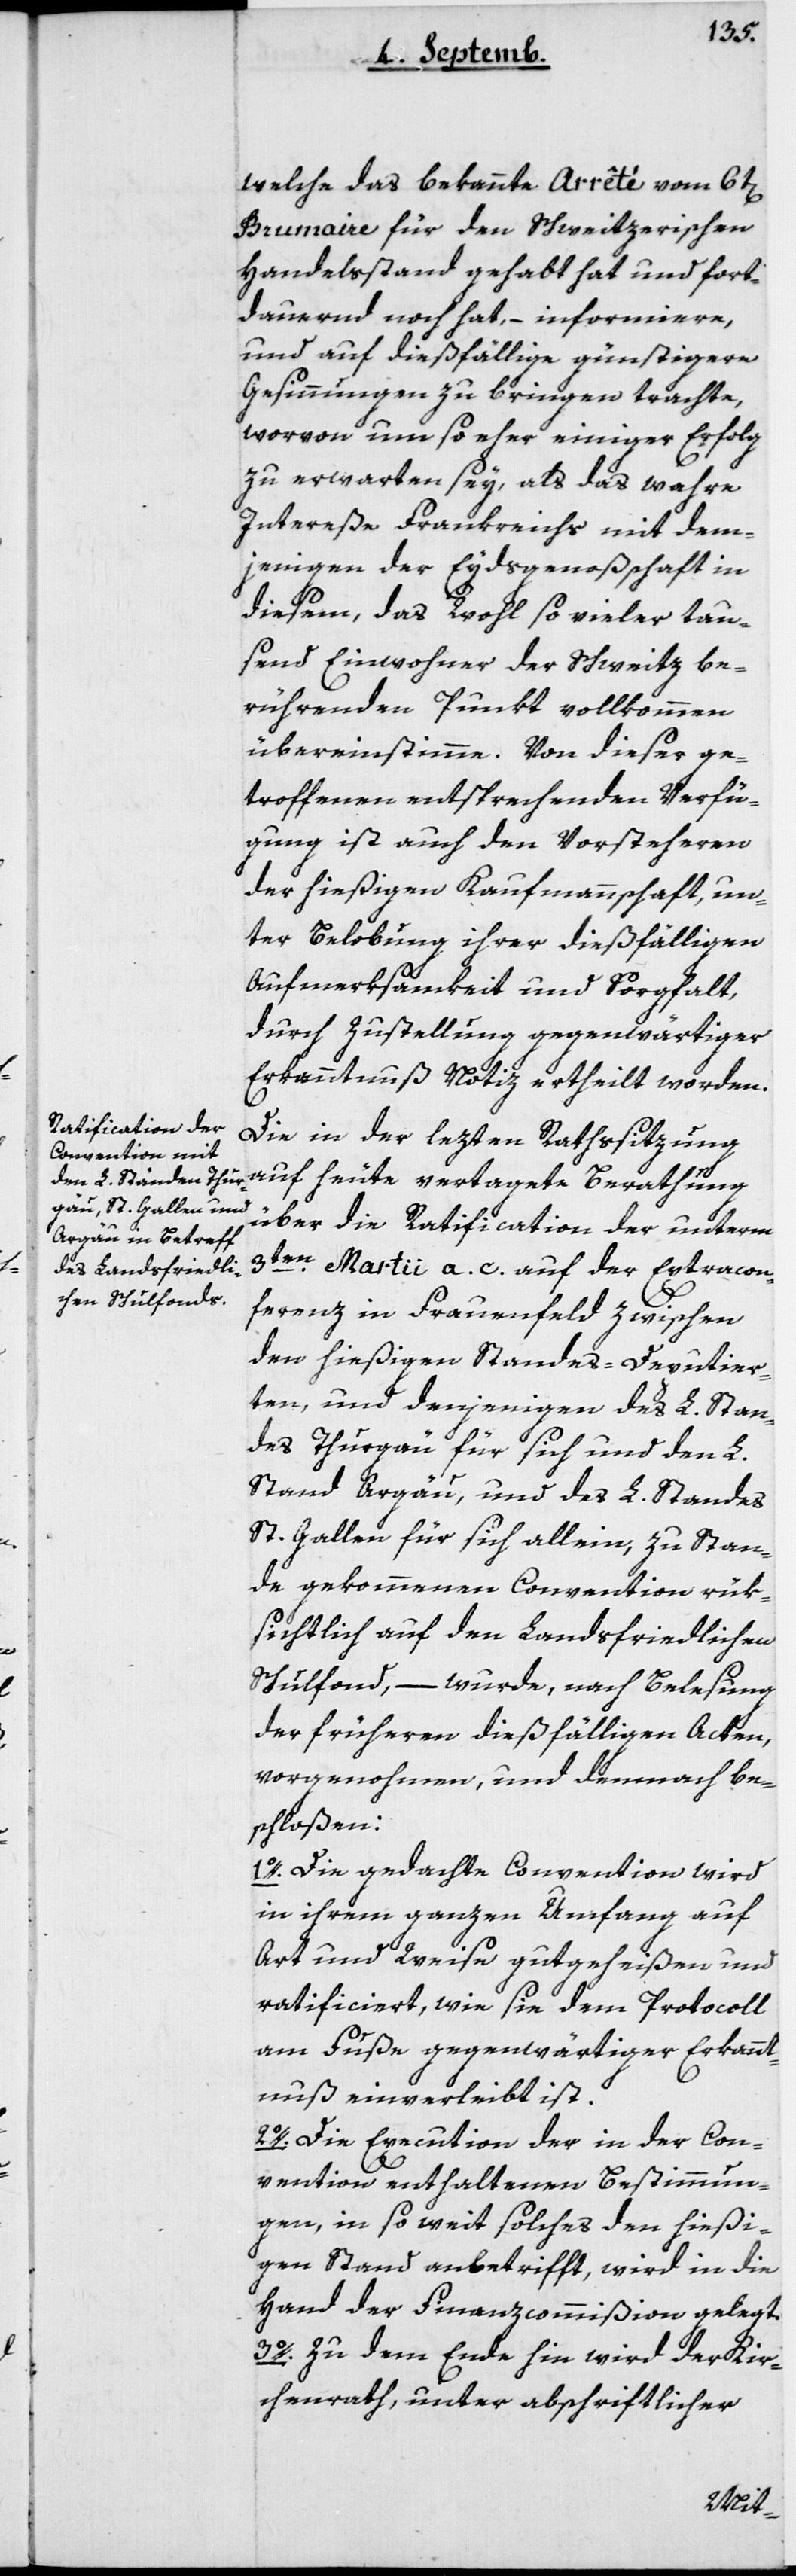
welche das bekannte Arrêté vom 6t[en]
Brumaire für den schweizerischen
Handelsstand gehabt hat und fort¬
dauernd noch hat, – informiere,
und auf dießfällige günstigere
Gesinnungen zu bringen trachte,
worvon um so eher einiger Erfolg
zu erwarten sey, als das wahre
Intereße Frankreichs mit dem¬
jenigen der Eydsgenoßenschaft in
diesem, das Wohl so vieler tau¬
send Einwohner der Schweitz be¬
rührenden Punkt vollkommen
übereinstimme. Von dieser ge¬
troffenen entsprechenden Verfü¬
gung ist auch den Vorsteheren
der hießigen Kaufmannschaft, un¬
ter Belobung ihrer dießfälligen
Aufmerksamkeit und Sorgfalt,
durch Zustellung gegenwärtiger
Erkanntnuß Notiz ertheilt worden.
Die in der lezten Rathssitzung
auf heute vertagete Berathung
über die Ratification der unterm
3ten Martii a.c. auf der Extracon¬
ferenz in Frauenfeld zwischen
den hießigen Standes-Deputier¬
ten und denjenigen des L. Stan¬
des Thurgau für sich und den L.
Stand Argau, und des L. Standes
St. Gallen für sich allein, zustan¬
de gekommene Convention rük¬
sichtlich auf den Landsfriedlichen
Schulfonds, – wurde, nach Belesung
der früheren dießfälligen Acten,
vorgenohmen und demnach be¬
schloßen:
1o. Die gedachte Convention wird
in ihrem ganzen Umfang auf
Art und Weise gutgeheißen und
ratificiert, wie sie dem Protocoll
am Fuße gegenwärtiger Erkannt¬
nuß einverleibt ist.
2o. Die Execution der in der Con¬
vention enthaltenen Bestimmun¬
gen, in so weit solches den hießi¬
gen Stand anbetrifft, wird in die
Hand der Finanzcommißion gelegt.
3o. Zu dem Ende hin wird der Kir¬
chenrath, unter abschriftlicher